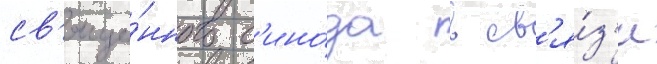
св'яще́нного с'ино́да в св'я́з'и